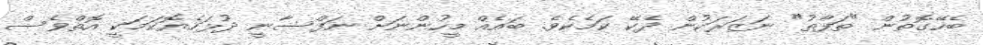
ބެހޭގޮތުން "ތަފާތު" ނަޒަރަކުން ދެކޭ ކަމެކެވެ. ބައެއް މީހުންނަށް ނަފްސާނީ ދުޅަހެޔޮކަމަކީ އޮތްވެސް